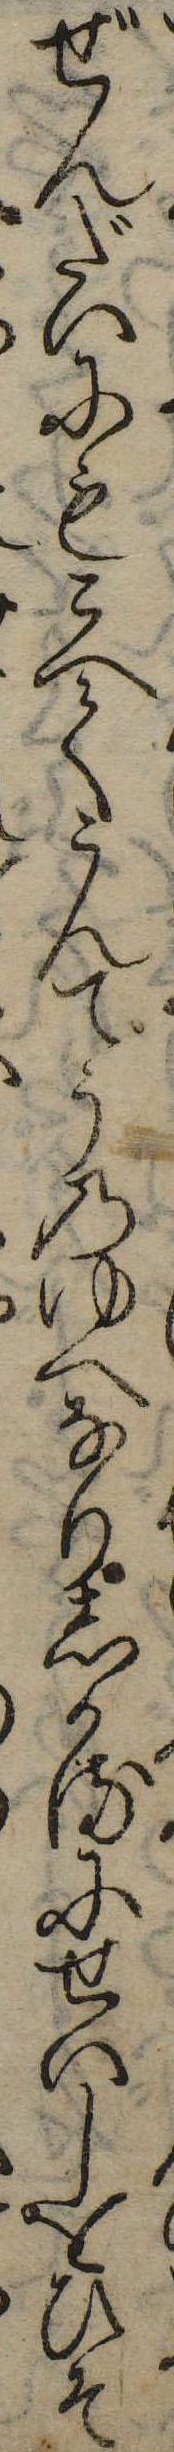
ぜんだいにもこへてうんてうのゆへなりしかるにせいしをひそ